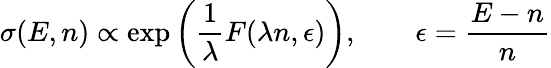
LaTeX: \sigma(E,n)\propto\exp\left({\frac{1}{\lambda}}F(\lambda n,\epsilon)\right),\qquad\epsilon={\frac{E-n}{n}}